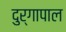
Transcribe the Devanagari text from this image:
दुर्गापाल